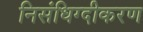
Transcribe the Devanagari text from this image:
निसंधिग्दीकरण